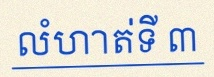
លំហាត់ទី ៣